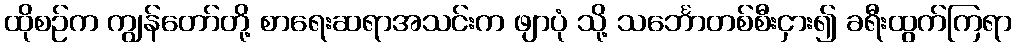
ထိုစဉ်က ကျွန်တော်တို့ စာရေးဆရာအသင်းက ဖျာပုံ သို့ သင်္ဘောတစ်စီးငှား၍ ခရီးထွက်ကြရာ